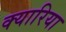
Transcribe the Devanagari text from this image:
क्यारिया